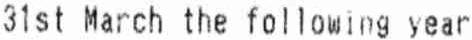
31ST MARCH THE FOLLOWING YEAR